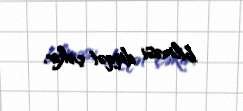
bilməsi diqqət çəkir.